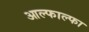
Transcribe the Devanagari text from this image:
आल्फाल्फा